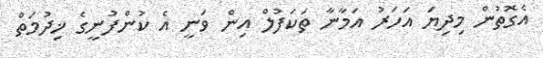
އެގޮތުން މިދިޔަ އަހަރު އަމާނާ ތަކަފުލް އިން ވަނީ އެ ކުންފުނީގެ ޚިދުމަތް